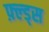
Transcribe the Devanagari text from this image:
फ़्ल्ड्स